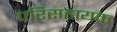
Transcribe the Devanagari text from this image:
परिसहायक